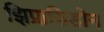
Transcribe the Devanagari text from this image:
झिप्रासिडोन